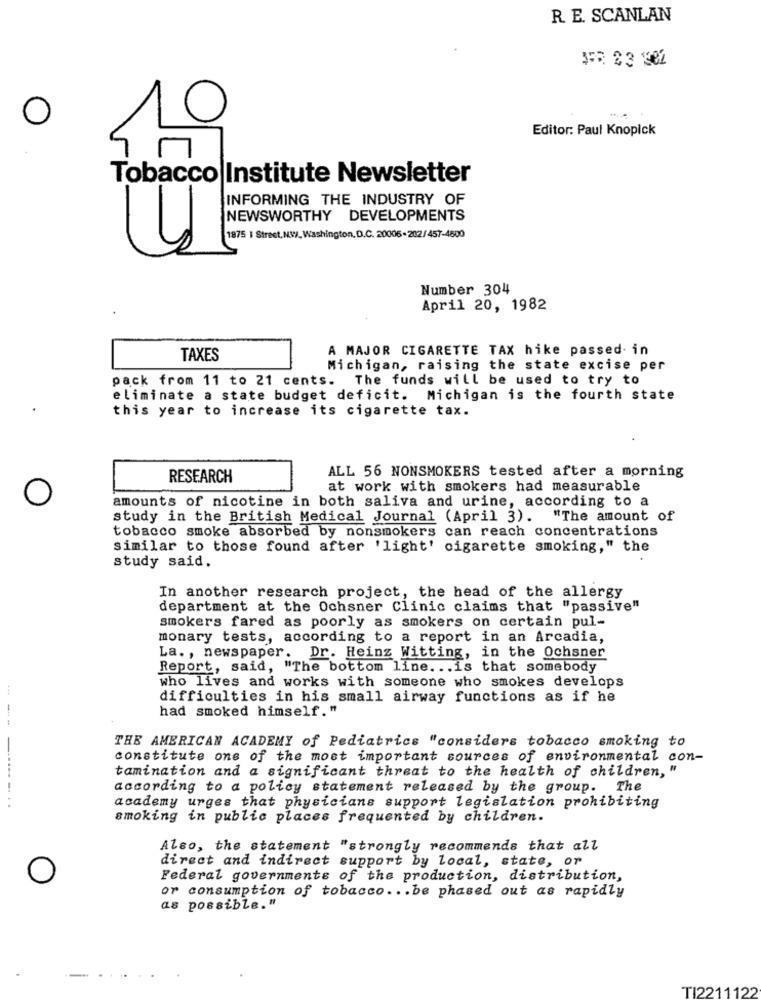
R. E. SCANLAN
O
Editor: Paul Knopick
Tobacco Institute Newsletter
INFORMING THE INDUSTRY OF
1875 | Street, NW/, Washington, D.C. 20006-202/457-4500
( NEWSWORTHY DEVELOPMENTS
Number 304
April 20, 1982
A MAJOR CIGARETTE TAX hike passed in
TAXES
Michigan, raising the state excise per
pack from 11 to 21 cents. The funds will be used to try to
eliminate a state budget deficit. Michigan is the fourth state
this year to increase its cigarette tax.
RESEARCH
ALL 56 NONSMOKERS tested after a morning
at work with smokers had measurable
amounts of nicotine in both saliva and urine, according to a
study in the British Medical Journal (April 3). "The amount of
tobacco smoke absorbed by nonsmokers can reach concentrations
similar to those found after 'light' cigarette smoking," the
study said.
In another research project, the head of the allergy
department at the Ochsner Clinic claims that "passive"
smokers fared as poorly as smokers on certain pul-
monary tests, according to a report in an Arcadia,
La. , newspaper. Dr. Heinz Witting, in the Ochsner
Report, said, "The bottom line ... is that somebody
who lives and works with someone who smokes develops
difficulties in his small airway functions as if he
had smoked himself."
THE AMERICAN ACADEMY of Pediatrics "considers tobacco smoking to
constitute one of the most important sources of environmental con-
tamination and a significant threat to the health of children, "
according to a policy statement released by the group. The
--- ---- -...
academy urges that physicians support legislation prohibiting
smoking in public places frequented by children.
Also, the statement "strongly recommends that all
direct and indirect support by local, state, or
Federal governments of the production, distribution,
or consumption of tobacco. .. be phased out as rapidly
as possible."
TI2211122